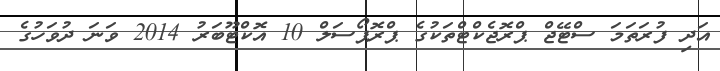
އަދި ފުރަތަމަ ސްޓޭޖް ޕްރޮޖެކްޓްތަކުގެ ޕްރޮޕޯސަލް 10 އޮކްޓޫބަރު 2014 ވަނަ ދުވަހުގެ